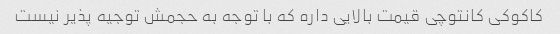
کاکوکی کانتوچی قیمت بالایی داره که با توجه به حجمش توجیه پذیر نیست